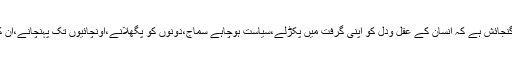
ایک میں جذبہ اوردوسرے پلڑے میں عقل،پھر ادب میں یہ گنجائش ہے کہ انسان کے عقل ودل کو اپنی گرفت میں پکڑلے،سیاست ہوچاہے سماج،دونوں کو پگھلانے،اونچائیوں تک پہنچانے،ان کی اقدار کاتحفظ دینے اورکھو دینے کی صلاحیت رکھتاہے۔